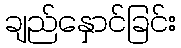
ချည်နှောင်ခြင်း